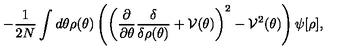
- \frac { 1 } { 2 N } \int d \theta \rho ( \theta ) \left( \left( \frac { \partial } { \partial \theta } \frac { \delta } { \delta \rho ( \theta ) } + { \cal V } ( \theta ) \right) ^ { 2 } - { \cal V } ^ { 2 } ( \theta ) \right) \psi [ \rho ] ,